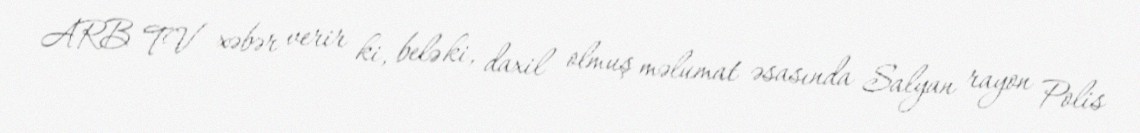
ARB TV xəbər verir ki, belə ki, daxil olmuş məlumat əsasında Salyan rayon Polis